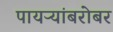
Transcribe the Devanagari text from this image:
पायऱ्यांबरोबर